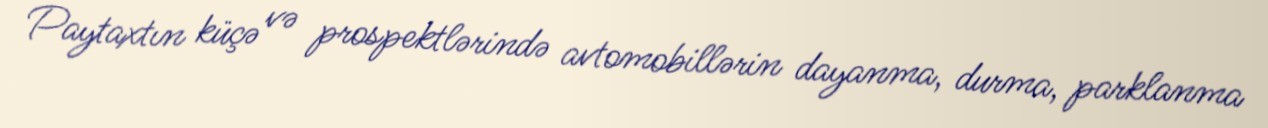
Paytaxtın küçə və prospektlərində avtomobillərin dayanma, durma, parklanma